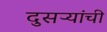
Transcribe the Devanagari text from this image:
दुसऱ्यांची